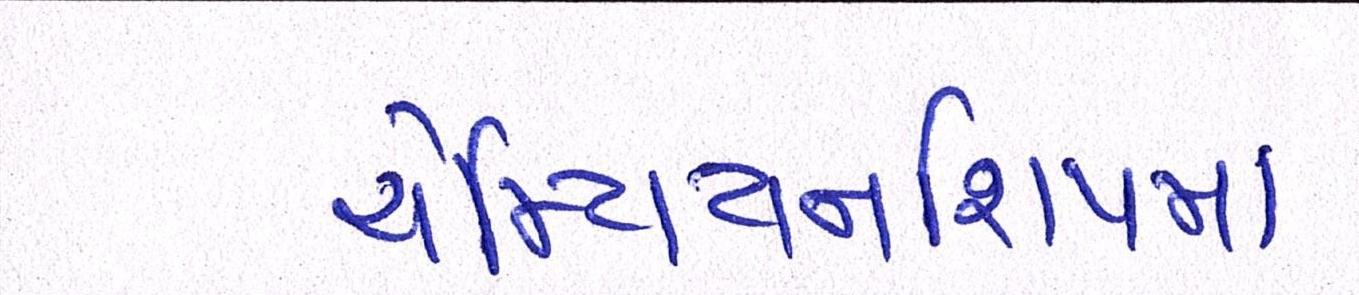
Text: ચેમ્પિયનશિપમાં